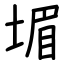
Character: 堳